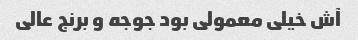
آش خیلی معمولی بود جوجه و برنج عالی